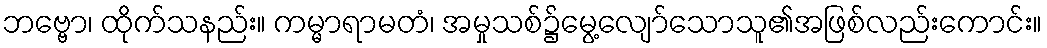
ဘဗ္ဗော၊ ထိုက်သနည်း။ ကမ္မာရာမတံ၊ အမှုသစ်၌မွေ့လျော်သောသူ၏အဖြစ်လည်းကောင်း။